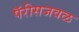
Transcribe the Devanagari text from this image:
पॅरीसजवळ